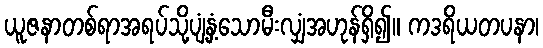
ယူဇနာတစ်ရာအရပ်သို့ပျံ့နှံ့သောမီးလျှံအဟုန်ရှိ၍။ ကဒရိယတပနာ၊